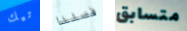
تيك فصلنا متسابق